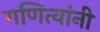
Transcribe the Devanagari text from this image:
गणित्यांनी